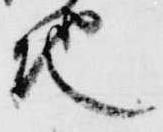
地